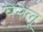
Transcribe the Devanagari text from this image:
येरेलू